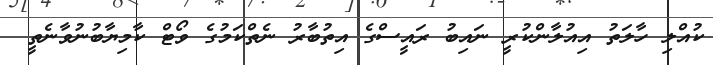
ކުއްލި ހާލަތު އިއުލާންކުރީ ނައިބު ރައީސްގެ އިތުބާރު ނެތްކަމުގެ ވޯޓް ކާމިޔާބުނުވާނެތީ